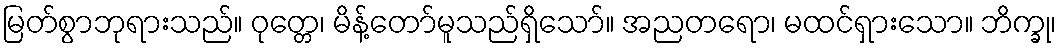
မြတ်စွာဘုရားသည်။ ဝုတ္တေ၊ မိန့်တော်မူသည်ရှိသော်။ အညတရော၊ မထင်ရှားသော။ ဘိက္ခု၊